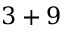
3 + 9